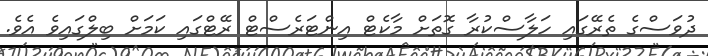
ދުވަސްގެ ތެރޭގައި ހަލާސްކުރާ ގޮތަށް މާކެޓް އިންޓަރެސްޓް ރޭޓްގައި ކަމަށް ބިލްގައިވެ އެވެ.